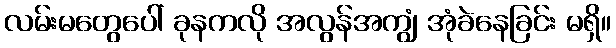
လမ်းမတွေပေါ် ခုနကလို အလွန်အကျွံ အုံခဲနေခြင်း မရှိ။